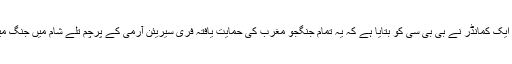
شامی باغیوں کے ایک کمانڈر نے بی بی سی کو بتایا ہے کہ یہ تمام جنگجو مغرب کی حمایت یافتہ فری سیریئن آرمی کے پرچم تلے شام میں جنگ میں مصروف تھے۔